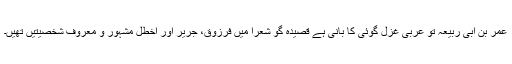
عمر بن ابی ربیعہ تو عربی غزل گوئی کا بانی ہے قصیدہ گو شعرا میں فرزوق، جریر اور اخطل مشہور و معروف شخصیتیں تھیں۔